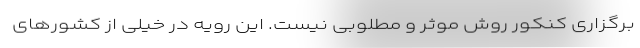
برگزاری کنکور روش موثر و مطلوبی نیست. این رویه در خیلی از کشورهای